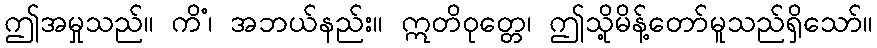
ဤအမှုသည်။ ကိံ၊ အဘယ်နည်း။ ဣတိဝုတ္တေ၊ ဤသို့မိန့်တော်မူသည်ရှိသော်။